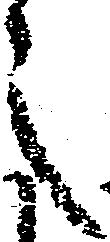
之